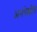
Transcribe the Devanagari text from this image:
अनपेक्षीत